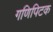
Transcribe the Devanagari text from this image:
गणिपिटक